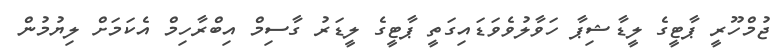
ޖުމްހޫރީ ޕާޓީގެ ލީޑާޝިޕާ ހަވާލުވެވަޑައިގަތީ ޕާޓީގެ ލީޑަރު ގާސިމް އިބްރާހިމް އެކަމަށް ލިޔުމުން